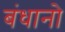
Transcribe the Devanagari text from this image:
बंधानो